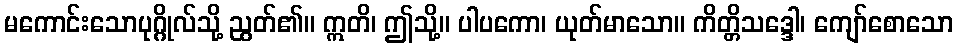
မကောင်းသောပုဂ္ဂိုလ်သို့ ညွတ်၏။ ဣတိ၊ ဤသို့။ ပါပကော၊ ယုတ်မာသော။ ကိတ္တိသဒ္ဒေါ၊ ကျော်စောသော